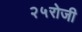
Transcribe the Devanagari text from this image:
२५रोजी